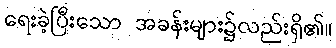
ရေးခဲ့ပြီးသော အခန်းများ၌လည်းရှိ၏။